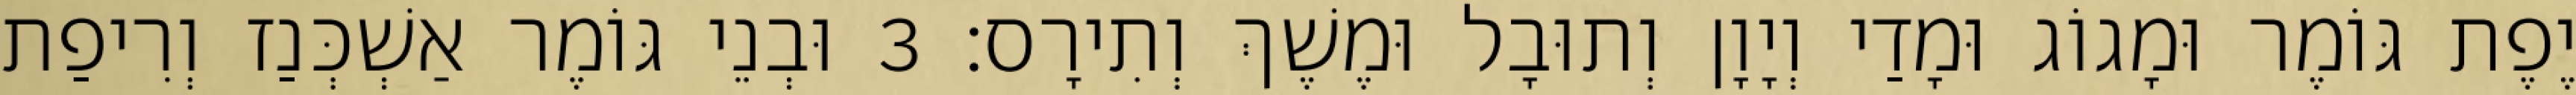
יֶפֶת גּוֹמֶר וּמָגוֹג וּמָדַי וְיָוָן וְתוּבָל וּמֶשֶׁךְ וְתִירָס׃ 3 וּבְנֵי גּוֹמֶר אַשְׁכְּנַז וְרִיפַת